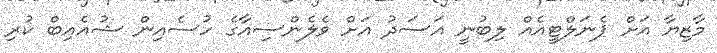
މާޒިޔާ އަށް ޕެނަލްޓީއެއް ލިބުނީ އަސަދު އަށް ވެލެންސިއާގެ ހުސެއިން ޝުއެއިބް ކުރި